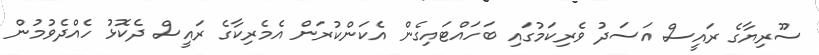
ސޫރިޔާގެ ރައީސް އަސަދު ވެރިކަމުގައި ބަހައްޓައިގެން އެކަންކުރަން އެމެރިކާގެ ރައީސް ދެކޮޅު ހެއްދެވުމުން